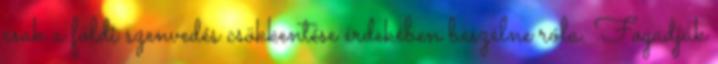
csak a földi szenvedés csökkentése érdekében beszélne róla. Fogadják